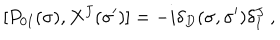
LaTeX: [ P _ { 0 I } ( \sigma ) , X ^ { J } ( \sigma ^ { \prime } ) ] = - i \delta _ { D } ( \sigma , \sigma ^ { \prime } ) \delta _ { I } ^ { J } \ ,